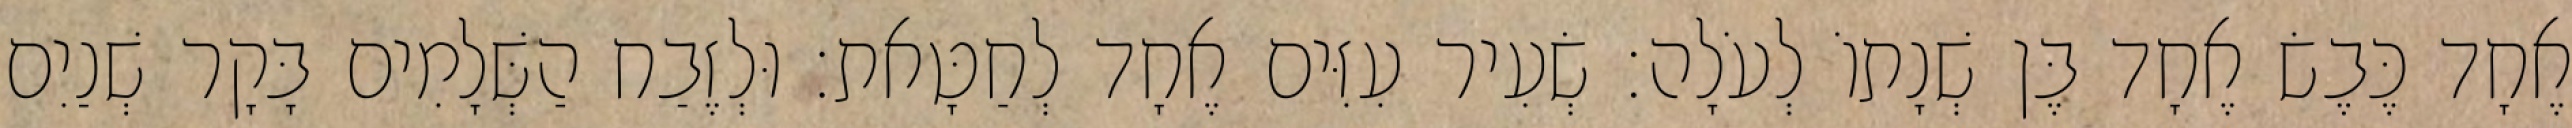
אֶחָד כֶּבֶשׂ אֶחָד בֶּן שְׁנָתוֹ לְעֹלָה׃ שְׂעִיר עִזִּים אֶחָד לְחַטָּאת׃ וּלְזֶבַח הַשְּׁלָמִים בָּקָר שְׁנַיִם